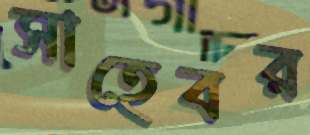
সাহেবর